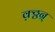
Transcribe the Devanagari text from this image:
क़्ठ्ठन्र्